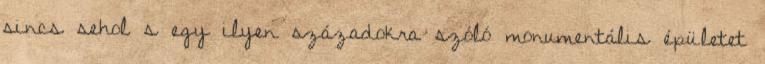
sincs sehol s egy ilyen századokra szóló monumentális épületet